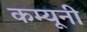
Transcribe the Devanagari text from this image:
कम्यूनी